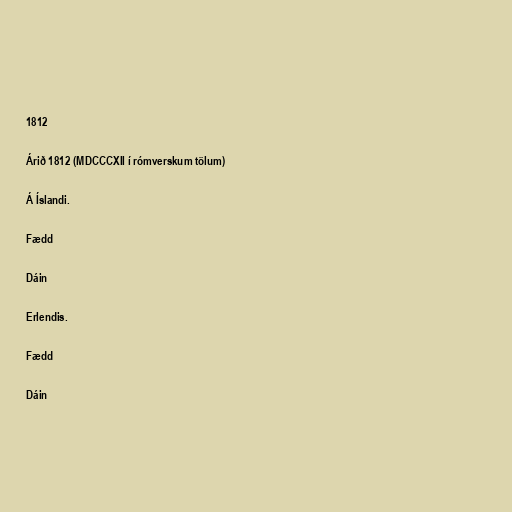
1812

Árið 1812 (MDCCCXII í rómverskum tölum)

Á Íslandi.

Fædd

Dáin

Erlendis.

Fædd

Dáin